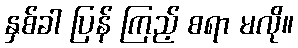
နှစ်ခါ ပြန် ကြည့် စရာ မလို။